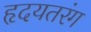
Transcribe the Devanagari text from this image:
हृदयतरंग